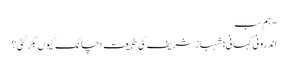
- ہم سب
اندرونی کہانی: شہباز شریف کی طبیعت اچانک کیوں بگڑ گئی؟